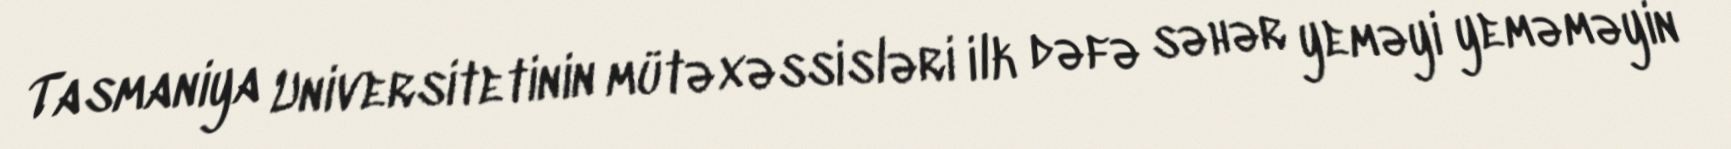
Tasmaniya Universitetinin mütəxəssisləri ilk dəfə səhər yeməyi yeməməyin